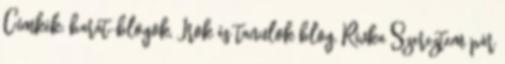
Címkék: barát-blogok, Írok és tanulok blog, Rivka Szereztem pár